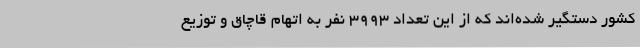
کشور دستگیر شده‌اند که از این تعداد 3993 نفر به اتهام قاچاق و توزیع